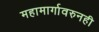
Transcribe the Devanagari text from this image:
महामार्गावरुनही